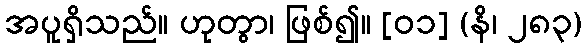
အပူရှိသည်။ ဟုတွာ၊ ဖြစ်၍။ [၀၁] (နိ၊ ၂၈၃)